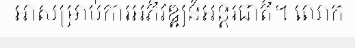
អាសម្រាប់ការអភិវឌ្ឍន៍អន្តរជាតិ។ លោក